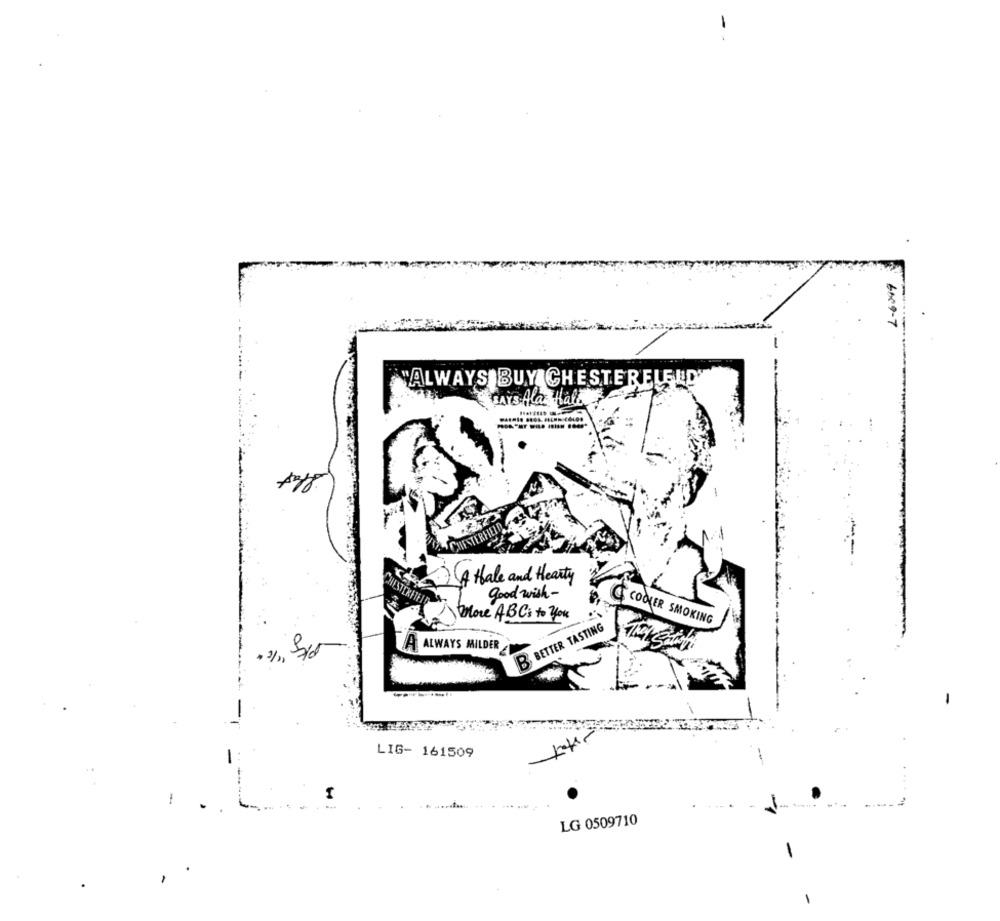
6089-7
-
"ALWAYS BUY CHESTERELEND"
SAYS Ha Hatt $+12
-.
A Hale and Hearty
good with-
\ Place ABC: to you
B BETTER TASTING
& COOKER SMOKING
ALWAYS MILDER
LIG- 161509
I
LG 0509710
-